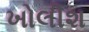
ખોલીશ